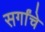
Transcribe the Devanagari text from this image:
सर्गांचे